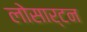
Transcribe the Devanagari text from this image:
लोसार्टन